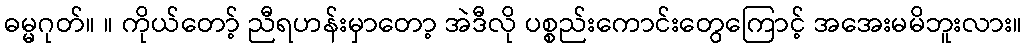
ဓမ္မဂုတ်။ ။ ကိုယ်တော့် ညီရဟန်းမှာတော့ အဲဒီလို ပစ္စည်းကောင်းတွေကြောင့် အအေးမမိဘူးလား။